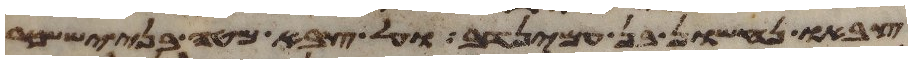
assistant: צבאו נחשון בן עמינדב ועל צבא מטה בני יששכר